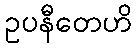
ဥပနီတေဟိ